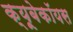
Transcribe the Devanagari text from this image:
क्यूबेकॉयस